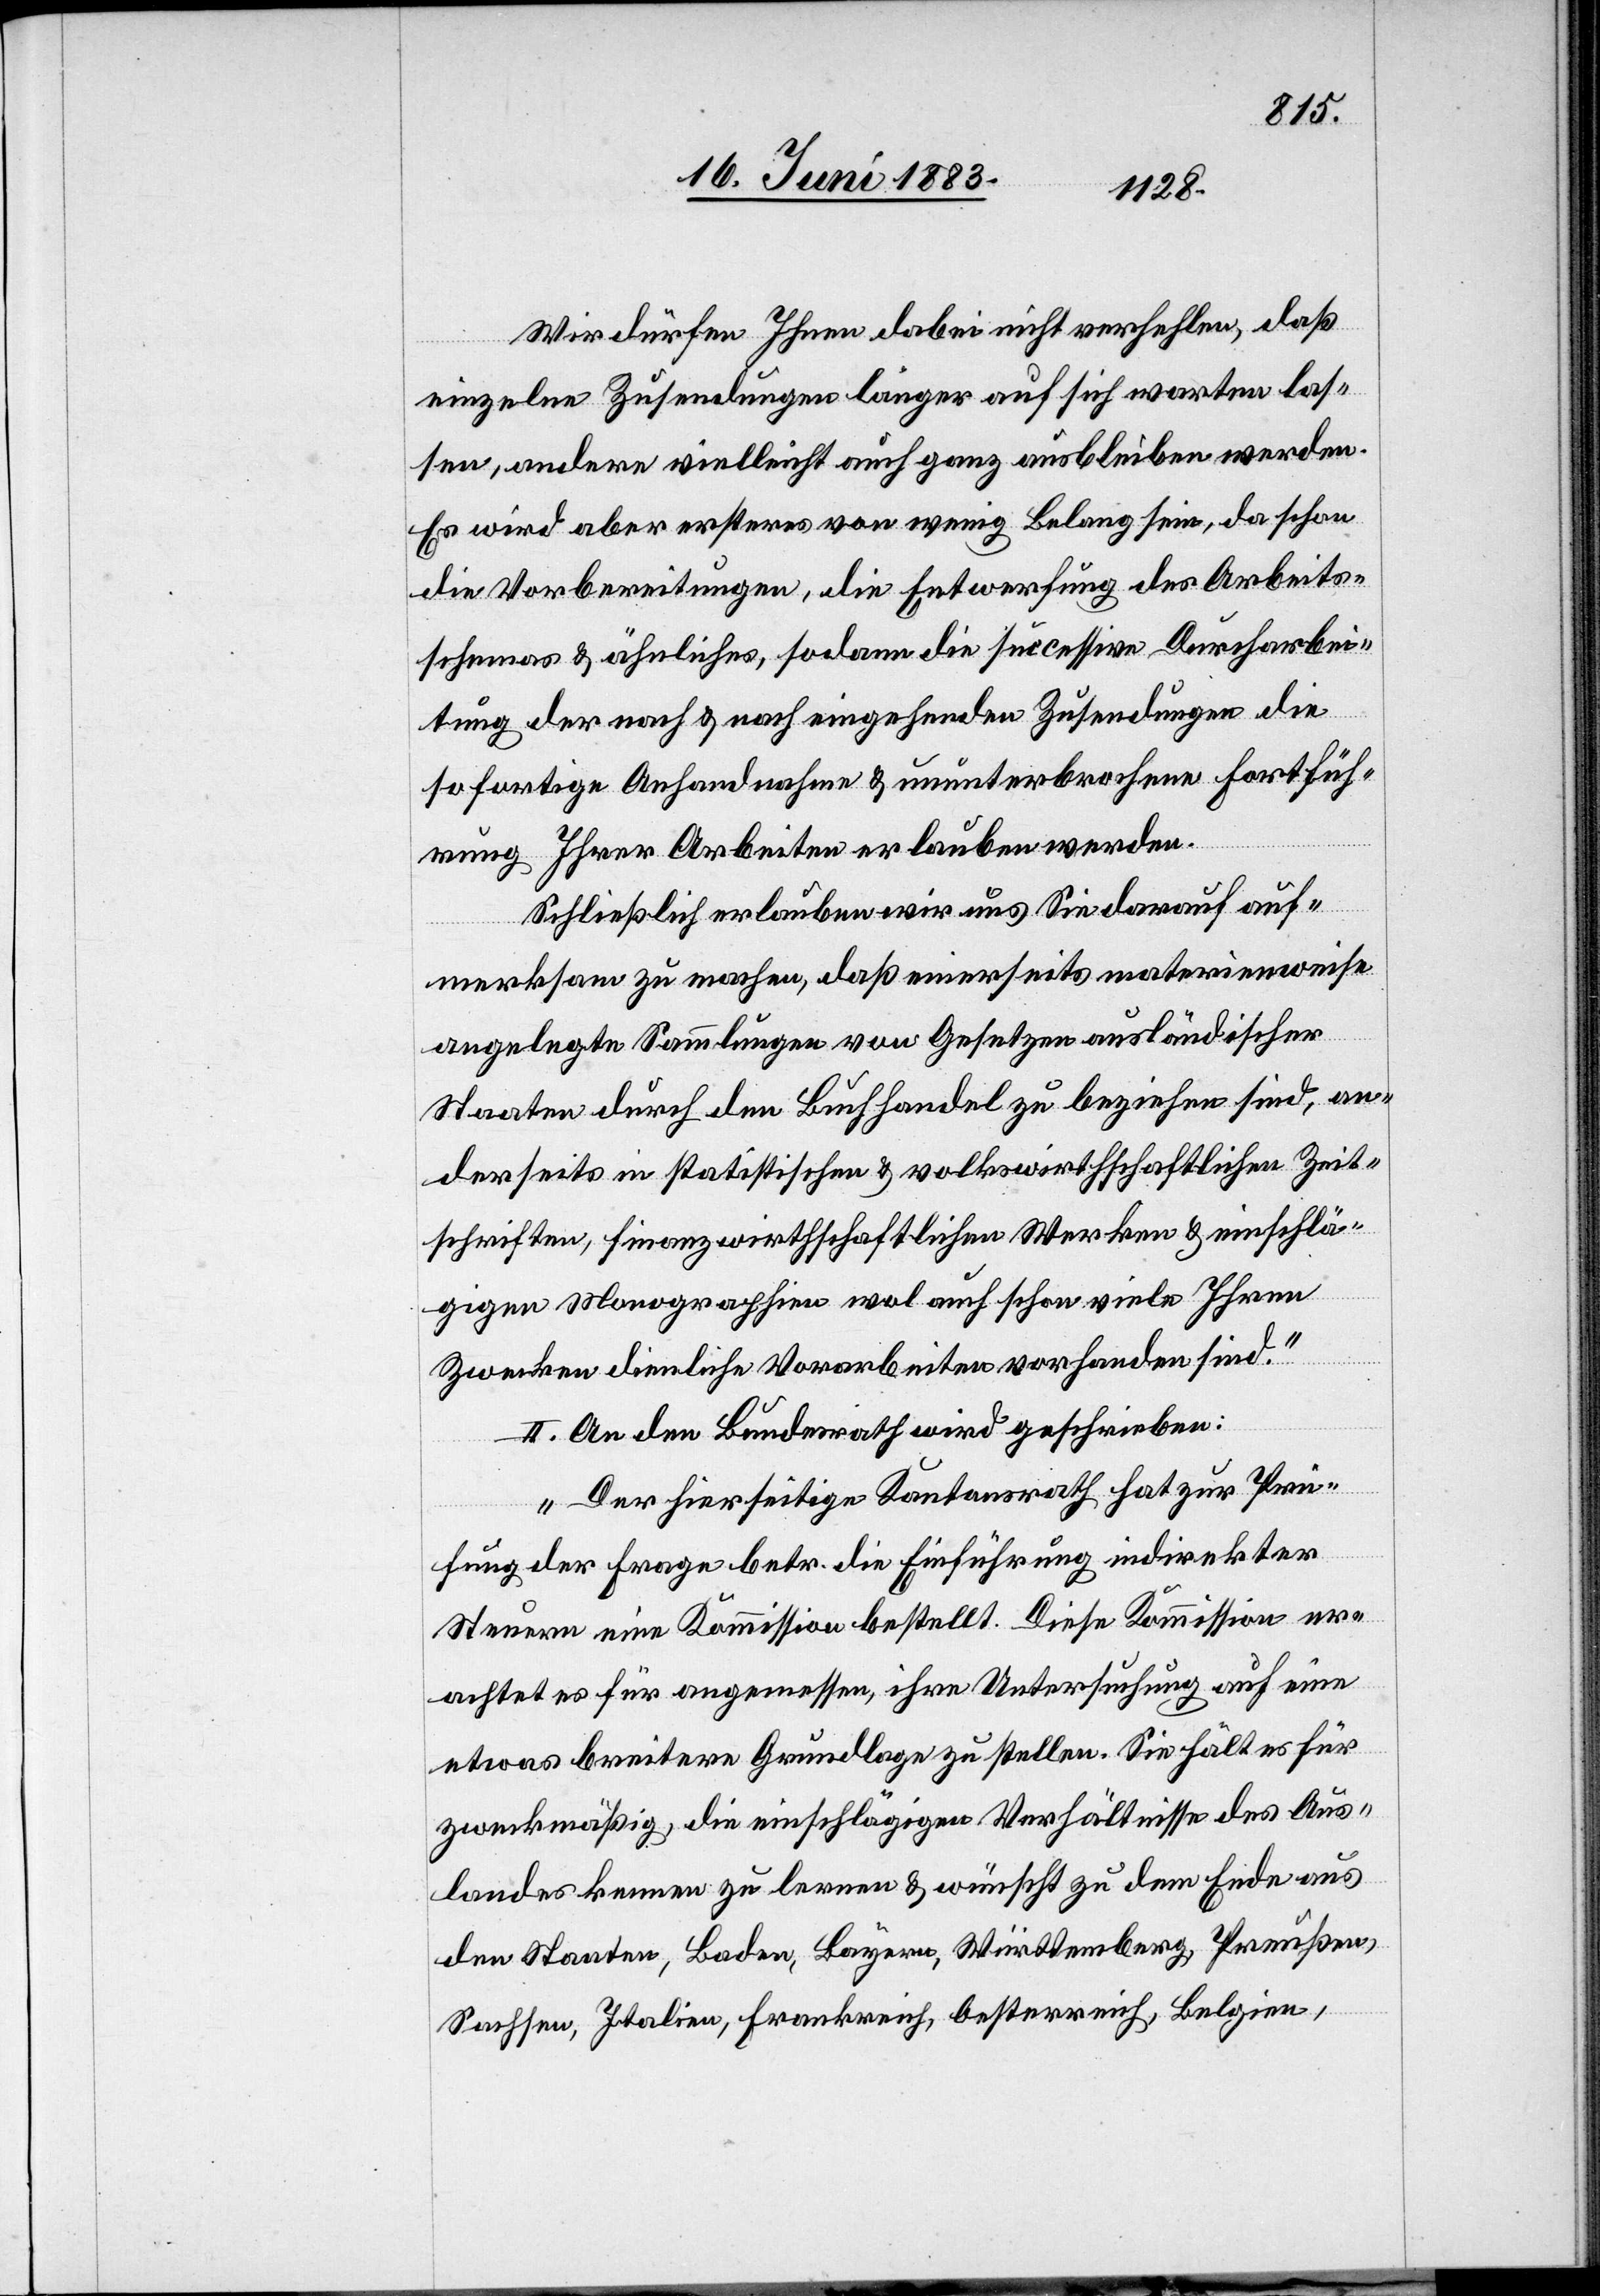
Wir dürfen Ihnen dabei nicht verhehlen, daß
einzelne Zusendungen länger auf sich warten las¬
sen, andere vielleicht auch ganz ausbleiben werden.
Es wird aber ersteres von wenig Belang sein, da schon
die Vorbereitungen, die Entwerfung des Arbeits¬
schemas & ähnliches, sodann die successive Durcharbei¬
tung der nach & nach eingehenden Zusendungen die
sofortige Anhandnahme & ununterbrochene Fortfüh¬
rung Ihrer Arbeiten erlauben werden.
Schließlich erlauben wir uns Sie darauf auf¬
merksam zu machen, daß einerseits materienweise
angelegte Sammlungen von Gesetzen ausländischer
Staaten durch den Buchhandel zu beziehen sind, an¬
derseits in statistischen & volkswirthschaftlichen Zeit¬
schriften, finanzwirthschaftlichen Werken & einschlä¬
gigen Monographien wol auch schon viele Ihren
Zwecken dienliche Vorarbeiten vorhanden sind.“
II. An den Bundesrath wird geschrieben:
„Der hierseitige Kantonsrath hat zur Prü¬
fung der Frage betr. die Einführung indirekter
Steuern eine Kommission bestellt. Diese Kommission er¬
achtet es für angemessen, ihre Untersuchung auch eine
etwas breitere Grundlage zu stellen. Sie hält es für
zweckmäßig, die einschlägigen Verhältnisse des Aus¬
landes kennen zu lernen & wünscht zu dem Ende aus
den Staaten, Baden, Bayern, Württemberg, Preußen,
Sachsen, Italien, Frankreich, Oesterreich, Belgien,